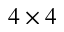
4 \times 4